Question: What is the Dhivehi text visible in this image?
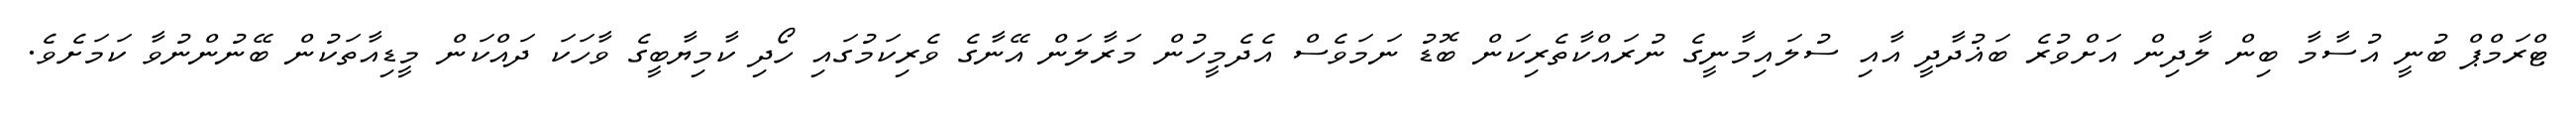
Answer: ޓްރަމްޕް ބުނީ އުސާމާ ބިން ލާދިން އަށްވުރެ ބަޣުދާދީ އާއި ސުލައިމާނީގެ ނުރައްކާތެރިކަން ބޮޑު ނަމަވެސް އެދެމީހުން މަރާލަން އޭނާގެ ވެރިކަމުގައި ހޯދި ކާމިޔާބީގެ ވާހަކަ ދައްކަން މީޑިއާތަކުން ބޭނުންނުވާ ކަމަށެވެ.